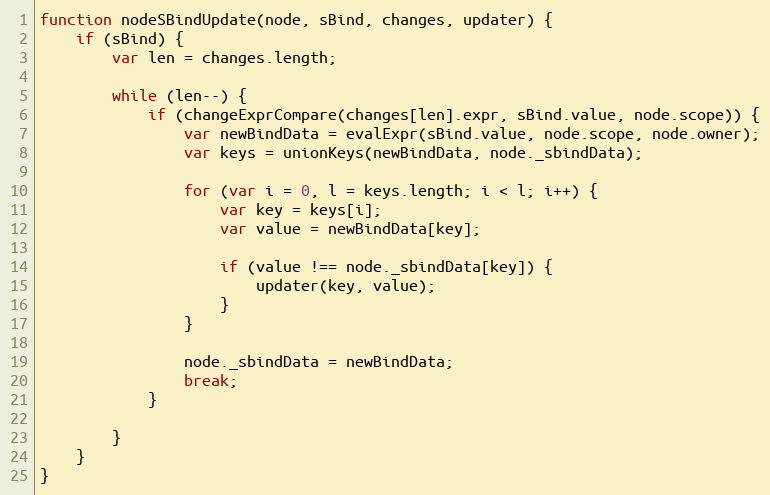
Language: JavaScript
function nodeSBindUpdate(node, sBind, changes, updater) {
    if (sBind) {
        var len = changes.length;

        while (len--) {
            if (changeExprCompare(changes[len].expr, sBind.value, node.scope)) {
                var newBindData = evalExpr(sBind.value, node.scope, node.owner);
                var keys = unionKeys(newBindData, node._sbindData);

                for (var i = 0, l = keys.length; i < l; i++) {
                    var key = keys[i];
                    var value = newBindData[key];

                    if (value !== node._sbindData[key]) {
                        updater(key, value);
                    }
                }

                node._sbindData = newBindData;
                break;
            }

        }
    }
}